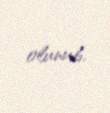
olunub.